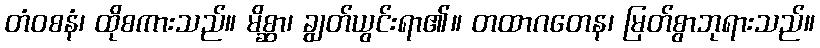
တံဝစနံ၊ ထိုစကားသည်။ မိစ္ဆာ၊ ချွတ်ယွင်းရာ၏။ တထာဂတေန၊ မြတ်စွာဘုရားသည်။